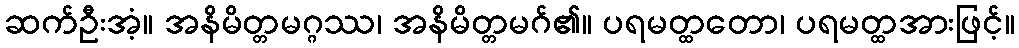
ဆက်ဦးအံ့။ အနိမိတ္တမဂ္ဂဿ၊ အနိမိတ္တမဂ်၏။ ပရမတ္ထတော၊ ပရမတ္ထအားဖြင့်။